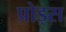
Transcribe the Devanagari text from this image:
प्रोड्स